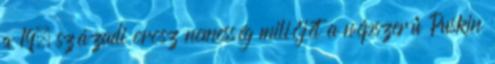
a 19. századi orosz nemesség miliőjét a népszerű Puskin